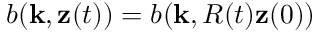
b ( { \bf k } , { \bf z } ( t ) ) = b ( { \bf k } , R ( t ) { \bf z } ( 0 ) )